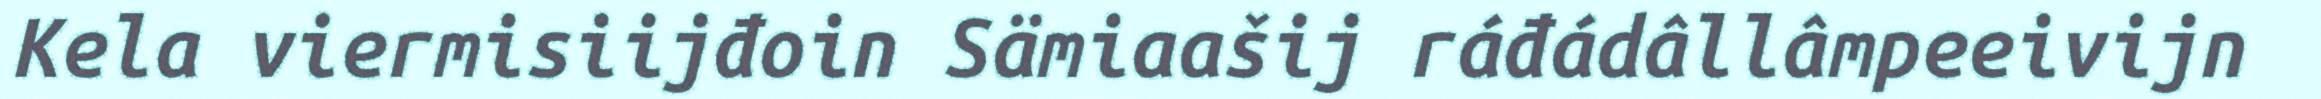
Kela viermisiijđoin Sämiaašij ráđádâllâmpeeivijn